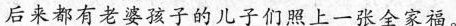
后来都有老婆孩子的儿子们照上一张全家福。